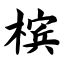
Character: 槟